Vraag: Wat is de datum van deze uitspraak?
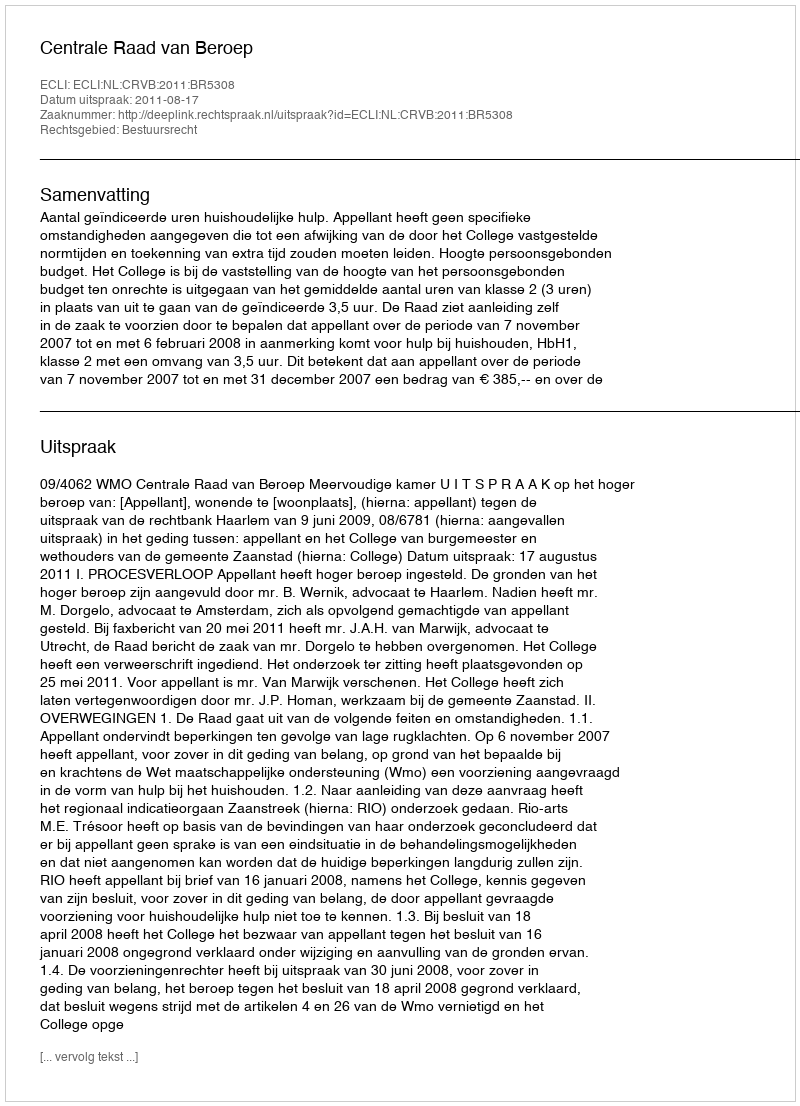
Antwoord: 2011-08-17